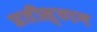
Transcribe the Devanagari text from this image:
प्रतीस्ठान